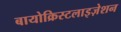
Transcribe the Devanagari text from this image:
बायोक्रिस्टलाइज़ेशन